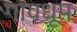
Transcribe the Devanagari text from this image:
गावधूप